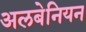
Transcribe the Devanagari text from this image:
अलबेनियन